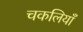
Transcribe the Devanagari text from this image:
चकलियाँ